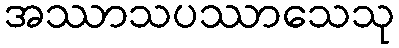
အဿာသပဿာသေသု